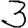
Digit: 3